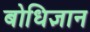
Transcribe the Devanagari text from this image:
बोधिज्ञान